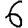
Digit: 6